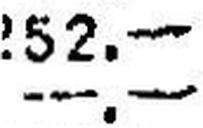
—.—